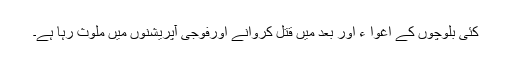
کئی بلوچوں کے اغوا ء اور بعد میں قتل کروانے اورفوجی آپریشنوں میں ملوث رہا ہے۔